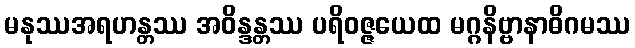
မနုဿအရဟန္တဿ အဝိန္ဒန္တဿ ပရိဝဇ္ဇယေထ မဂ္ဂနိဗ္ဗာနာဓိဂမဿ